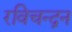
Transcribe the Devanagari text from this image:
रविचन्द्रन